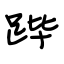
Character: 跸